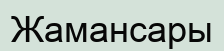
Жамансары